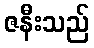
ဇနီးသည်